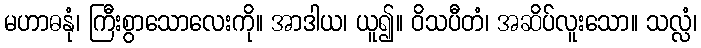
မဟာဓနုံ၊ ကြီးစွာသောလေးကို။ အာဒါယ၊ ယူ၍။ ဝိသပီတံ၊ အဆိပ်လူးသော။ သလ္လံ၊